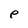
Character: e